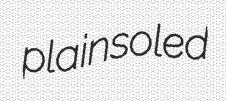
plainsoled